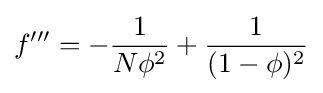
f'''=-{\frac {1}{N\phi ^{2}}}+{\frac {1}{(1-\phi )^{2}}}